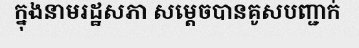
ក្នុងនាមរដ្ឋសភា សម្តេចបានគូសបញ្ជាក់